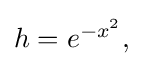
{\textstyle h=e^{-x^{2}},}